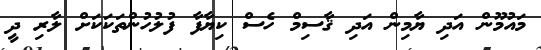
މައުމޫން އަދި ޔާމިން އަދި ޤާސިމް ހެސް ކިޔާފާ ފުލުހުންތަކަކަށް ލާރި ދީ